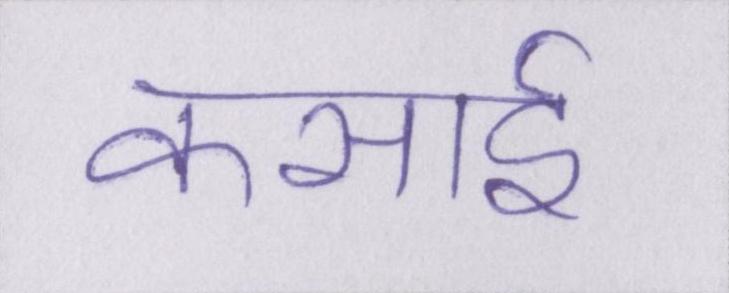
कसाई